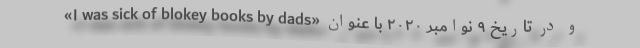
و در تاریخ ۹ نوامبر ۲۰۲۰ با عنوان «I was sick of blokey books by dads»